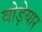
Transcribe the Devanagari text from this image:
वोड़ेयार